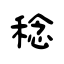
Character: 稔